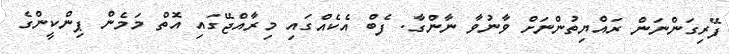
ފޭރިގަންނަން ރައްޔިތުންނަށް ވާނުވާ ނާންގާ. ފެބް އެކެއްގައި މިރާއްޖޭގައި އޮތް މަމެން ޕިންކީންގެ